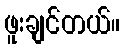
ဖူးချင်တယ်။